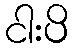
ငါးပိ